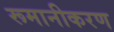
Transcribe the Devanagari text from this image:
रूमानीकरण